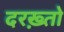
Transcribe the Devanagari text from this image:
दरख़्तो